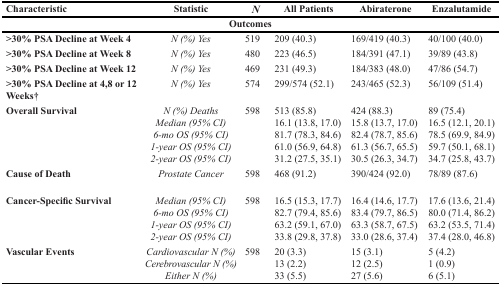
<table><thead><tr><td><b>Characteristic</b></td><td><b>Statistic</b></td><td><b><i>N</i></b></td><td><b>All Patients</b></td><td><b>Abiraterone</b></td><td><b>Enzalutamide</b></td></tr><tr><td colspan="6"><b>Outcomes</b></td></tr></thead><tbody><tr><td><b>&gt;30% PSA Decline at Week 4</b></td><td><i>N (%) Yes</i></td><td>519</td><td>209 (40.3)</td><td>169/419 (40.3)</td><td>40/100 (40.0)</td></tr><tr><td><b>&gt;30% PSA Decline at Week 8</b></td><td><i>N (%) Yes</i></td><td>480</td><td>223 (46.5)</td><td>184/391 (47.1)</td><td>39/89 (43.8)</td></tr><tr><td><b>&gt;30% PSA Decline at Week 12</b></td><td><i>N (%) Yes</i></td><td>469</td><td>231 (49.3)</td><td>184/383 (48.0)</td><td>47/86 (54.7)</td></tr><tr><td><b>&gt;30% PSA Decline at 4,8 or 12 Weeks†</b></td><td><i>N (%) Yes</i></td><td>574</td><td>299/574 (52.1)</td><td>243/465 (52.3)</td><td>56/109 (51.4)</td></tr><tr><td><b>Overall Survival</b></td><td><i>N (%) Deaths</i><i>Median (95% CI)</i><i>6-mo OS (95% CI)</i><i>1-year OS (95% CI)</i><i>2-year OS (95% CI)</i></td><td>598</td><td>513 (85.8)16.1 (13.8, 17.0)81.7 (78.3, 84.6)61.0 (56.9, 64.8)31.2 (27.5, 35.1)</td><td>424 (88.3)15.8 (13.7, 17.0)82.4 (78.7, 85.6)61.3 (56.7, 65.5)30.5 (26.3, 34.7)</td><td>89 (75.4)16.5 (12.1, 20.1)78.5 (69.9, 84.9)59.7 (50.1, 68.1)34.7 (25.8, 43.7)</td></tr><tr><td><b>Cause of Death</b></td><td><i>Prostate Cancer</i></td><td>598</td><td>468 (91.2)</td><td>390/424 (92.0)</td><td>78/89 (87.6)</td></tr><tr><td><b>Cancer-Specific Survival</b></td><td><i>Median (95% CI)</i><i>6-mo OS (95% CI)</i><i>1-year OS (95% CI)</i><i>2-year OS (95% CI)</i></td><td>598</td><td>16.5 (15.3, 17.7)82.7 (79.4, 85.6)63.2 (59.1, 67.0)33.8 (29.8, 37.8)</td><td>16.4 (14.6, 17.7)83.4 (79.7, 86.5)63.3 (58.7, 67.5)33.0 (28.6, 37.4)</td><td>17.6 (13.6, 21.4)80.0 (71.4, 86.2)63.2 (53.5, 71.4)37.4 (28.0, 46.8)</td></tr><tr><td><b>Vascular Events</b></td><td><i>Cardiovascular N (%)</i><i>Cerebrovascular N (%)</i><i>Either N (%)</i></td><td>598</td><td>20 (3.3)13 (2.2)33 (5.5)</td><td>15 (3.1)12 (2.5)27 (5.6)</td><td>5 (4.2)1 (0.9)6 (5.1)</td></tr></tbody></table>